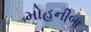
મોહનીબા